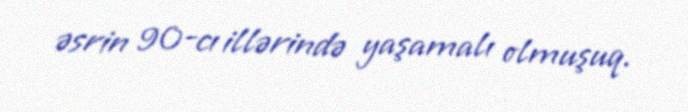
əsrin 90-cı illərində yaşamalı olmuşuq.